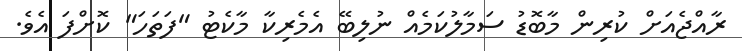
ރާއްޖެއަށް ކުރިން މާބޮޑު ސަމާލުކަމެއް ނުލިބޭ އެމެރިކާ މާކެޓު "ފަތަހަ" ކޮށްފަ އެވެ.